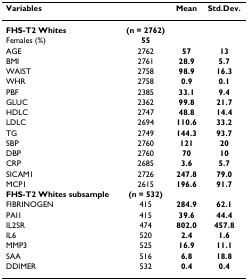
<table><thead><tr><td><b>Variables</b></td><td></td><td><b>Mean</b></td><td><b>Std.Dev.</b></td></tr></thead><tbody><tr><td><b>FHS-T2 Whites</b></td><td><b>(n = 2762)</b></td><td></td><td></td></tr><tr><td>Females (%)</td><td><b>55</b></td><td></td><td></td></tr><tr><td>AGE</td><td>2762</td><td><b>57</b></td><td><b>13</b></td></tr><tr><td>BMI</td><td>2761</td><td><b>28.9</b></td><td><b>5.7</b></td></tr><tr><td>WAIST</td><td>2758</td><td><b>98.9</b></td><td><b>16.3</b></td></tr><tr><td>WHR</td><td>2758</td><td><b>0.9</b></td><td><b>0.1</b></td></tr><tr><td>PBF</td><td>2385</td><td><b>33.1</b></td><td><b>9.4</b></td></tr><tr><td>GLUC</td><td>2362</td><td><b>99.8</b></td><td><b>21.7</b></td></tr><tr><td>HDLC</td><td>2747</td><td><b>48.8</b></td><td><b>14.4</b></td></tr><tr><td>LDLC</td><td>2694</td><td><b>110.6</b></td><td><b>33.2</b></td></tr><tr><td>TG</td><td>2749</td><td><b>144.3</b></td><td><b>93.7</b></td></tr><tr><td>SBP</td><td>2760</td><td><b>121</b></td><td><b>20</b></td></tr><tr><td>DBP</td><td>2760</td><td><b>70</b></td><td><b>10</b></td></tr><tr><td>CRP</td><td>2685</td><td><b>3.6</b></td><td><b>5.7</b></td></tr><tr><td>SICAM1</td><td>2726</td><td><b>247.8</b></td><td><b>79.0</b></td></tr><tr><td>MCP1</td><td>2615</td><td><b>196.6</b></td><td><b>91.7</b></td></tr><tr><td><b>FHS-T2 Whites subsample</b></td><td><b>(n = 532)</b></td><td></td><td></td></tr><tr><td>FIBRINOGEN</td><td>415</td><td><b>284.9</b></td><td><b>62.1</b></td></tr><tr><td>PAI1</td><td>415</td><td><b>39.6</b></td><td><b>44.4</b></td></tr><tr><td>IL2SR</td><td>474</td><td><b>802.0</b></td><td><b>457.8</b></td></tr><tr><td>IL6</td><td>520</td><td><b>2.4</b></td><td><b>1.6</b></td></tr><tr><td>MMP3</td><td>525</td><td><b>16.9</b></td><td><b>11.1</b></td></tr><tr><td>SAA</td><td>516</td><td><b>6.8</b></td><td><b>18.8</b></td></tr><tr><td>DDIMER</td><td>532</td><td><b>0.4</b></td><td><b>0.4</b></td></tr></tbody></table>